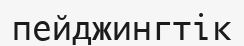
пейджингтік